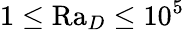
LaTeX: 1\leq\mathrm{Ra}_{D}\leq 10^{5}